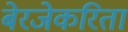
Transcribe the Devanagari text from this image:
बेरजेकरिता